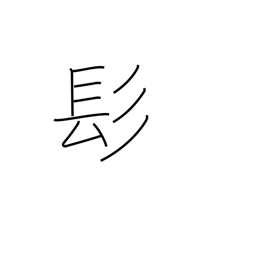
Meaning: long hair radical (no.190)